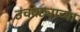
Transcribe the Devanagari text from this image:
उंचवट्याच्या